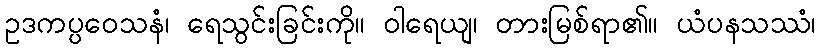
ဥဒကပ္ပဝေသနံ၊ ရေသွင်းခြင်းကို။ ဝါရေယျ၊ တားမြစ်ရာ၏။ ယံပနသဿံ၊